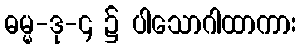
ဓမ္မ-ဒု-၄ ၌ ပါသောဂါထာကား